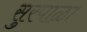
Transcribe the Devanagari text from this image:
सुरपाळा